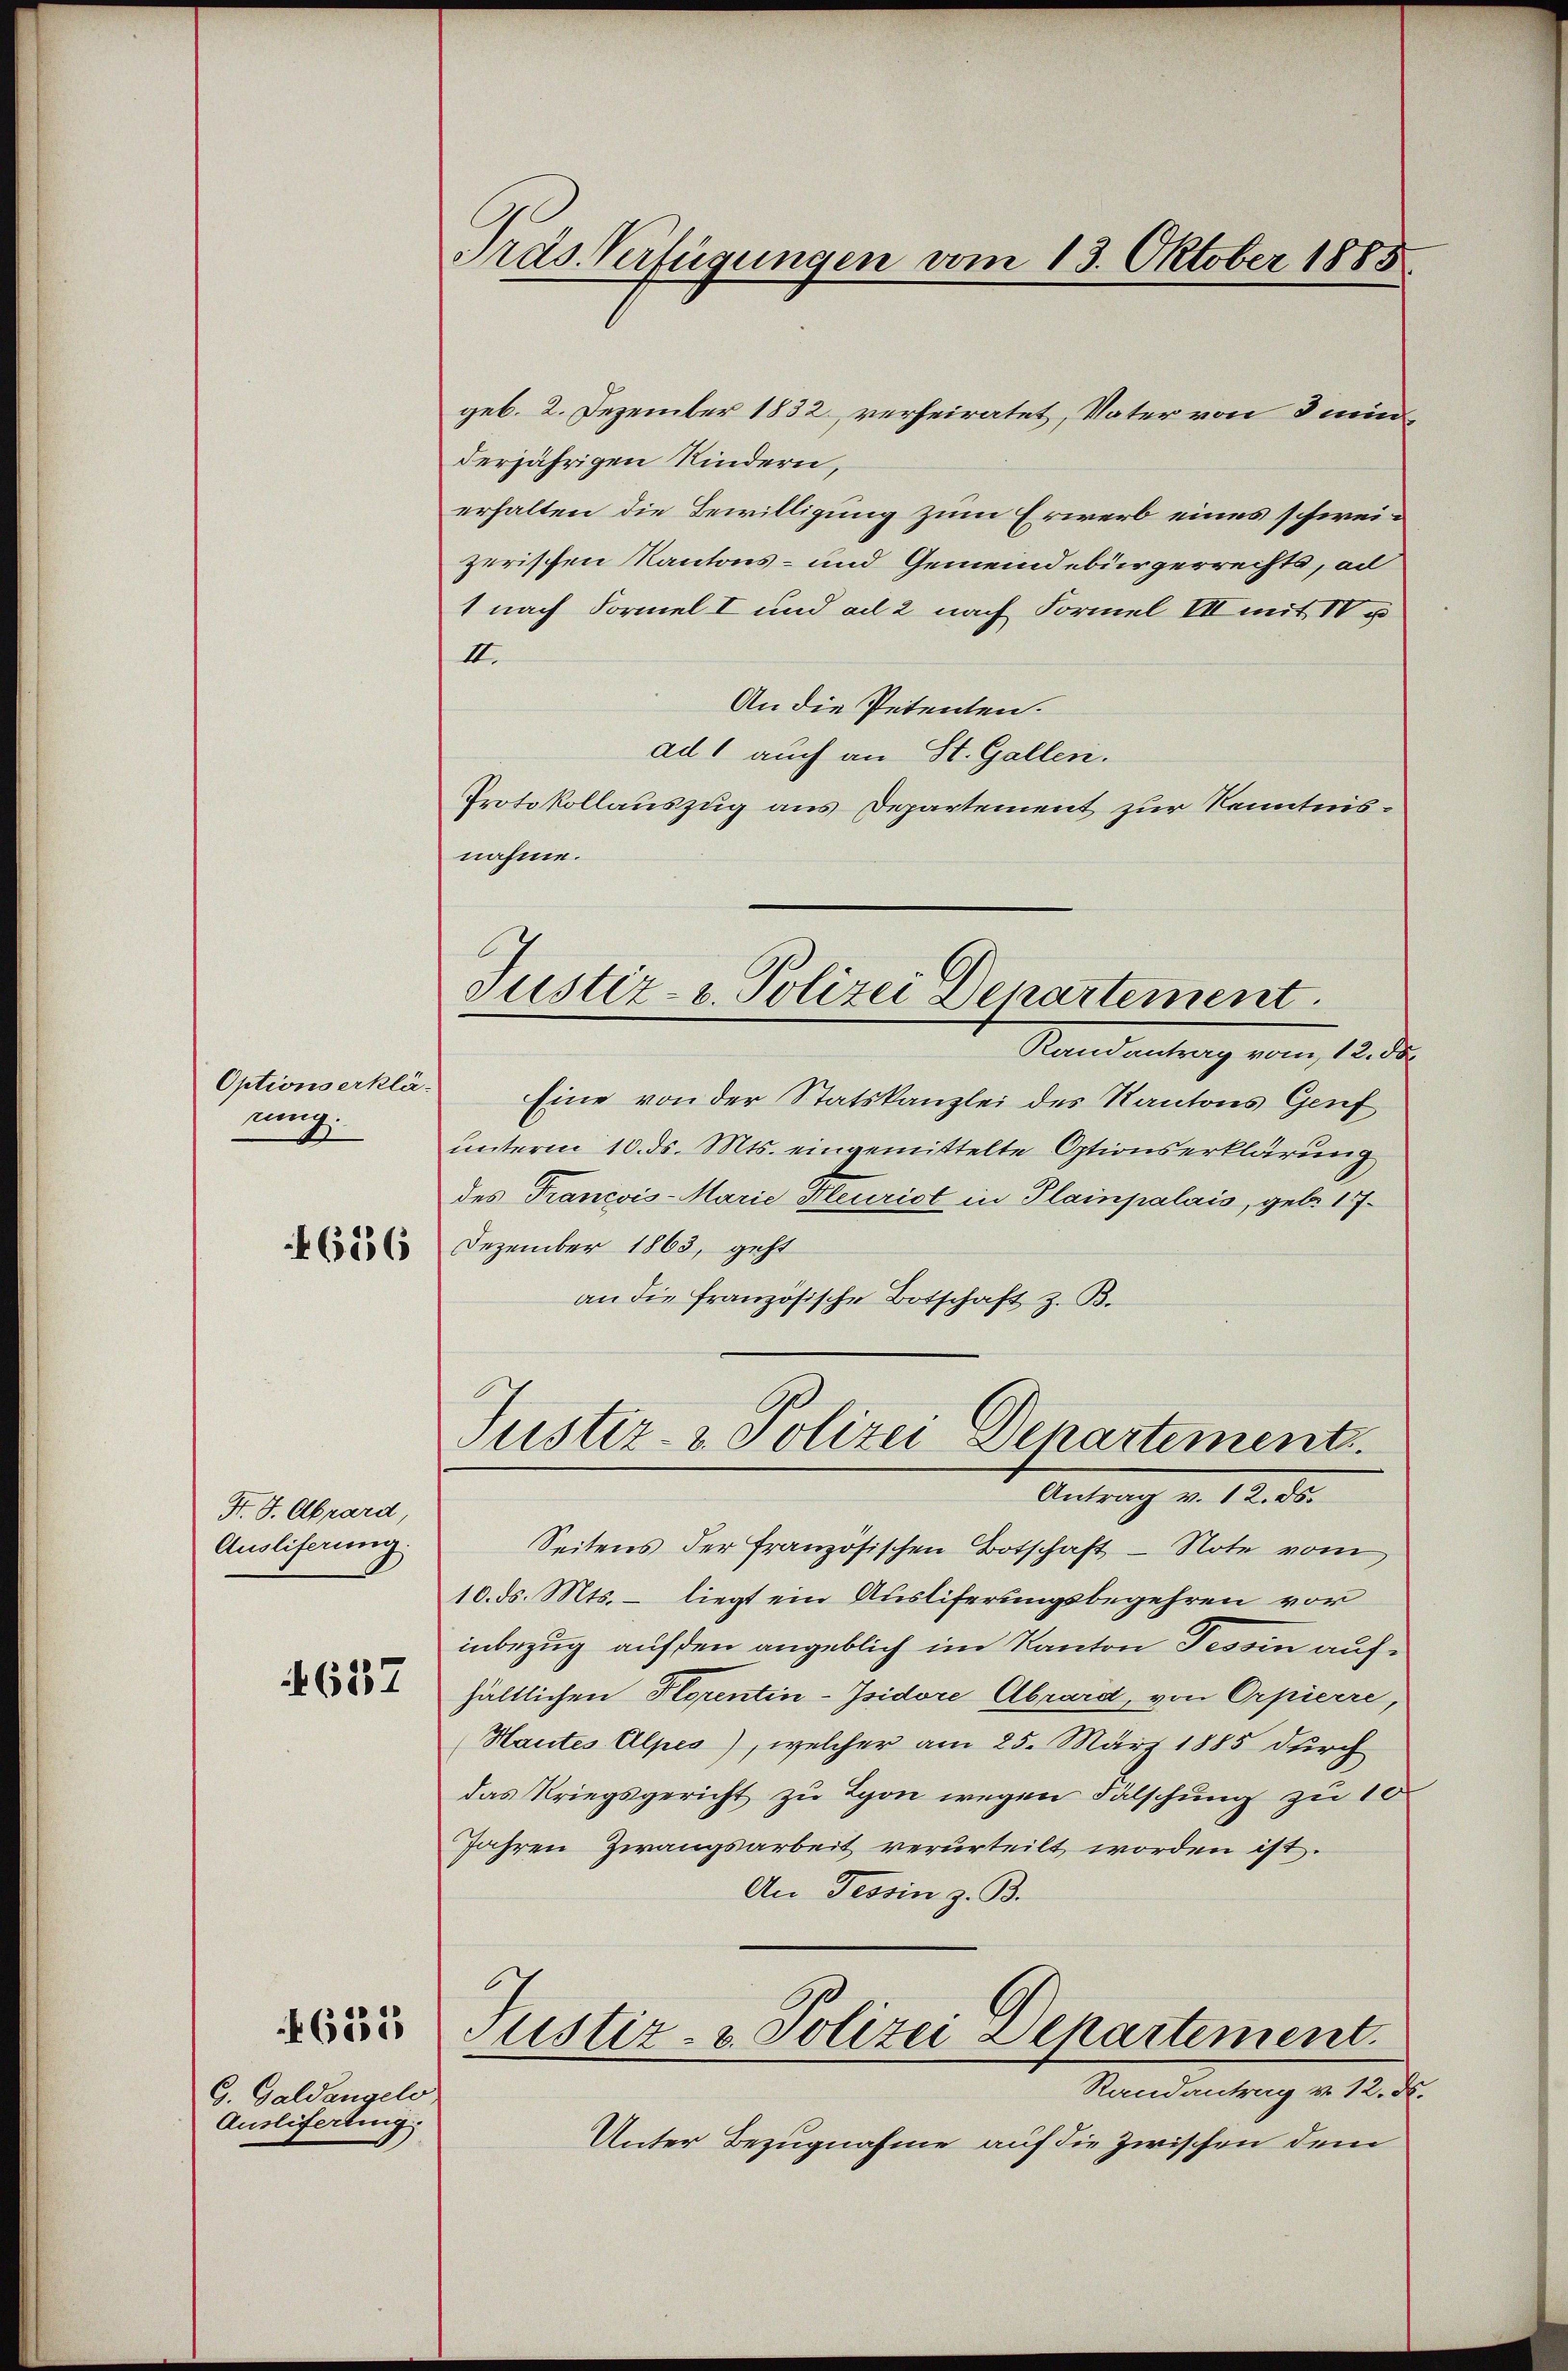
Options erklä
rung:

626

F. J. Abrard,
Auslieferung
637

G. Galdangelo
Ausliferling

655

Pras Verfügungen vom 13. Oktober 1885

Justiz- u. Polizei Departement.

geb. 2. Dezember 1832, verheiratet, Vater von denderjährigen Kindern,
erhalten die Bewilligung zum Erwerb eines schweizerischen Kantons- und Gemeindebürgerrechts, ad
1 nach Formel I und ad 2 nach Formel III mit IV u
III.
An die Petenten.
ad 1 auch an St. Gallen.
Protokollauszug aus Departement zur Kenntnisnahme.
Randantrag vom 12. ds.
Eine von der Statskanzlei des Kantons Genf
unterm 10. ds. Mts. eingemittelte Optionserklärung
des Francois-Marie leurist in Plainpalais, geb. 17.
Dezember 1863, geht
an die französische Botschaft z. B.
Justiz- & Polizei Departement
Antrag v. 12. ds.
Seitens der französischen Botschaft - Note vom
10. ds. Mts. – liegt ein Ausliferungsbegehren vor
inbezug auf den angeblich im Kanton Tessin aufhältlichen Florentin-Isidore Abrard, von Orpierre,
Hautes Alpes), welcher am 25. März 1885 durch
das Kriegsgericht zu Lyon wegen Fälschung zu 10
Jahren Zwangsarbeit verurteilt worden ist.
An Tessin z. B.
Justiz- & Polizei Departement.
Randantrag v. 12. X.
Unter Bezugnahme auf die zwischen dem